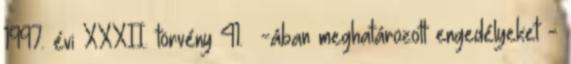
1997. évi XXXII. törvény 41. §-ában meghatározott engedélyeket -